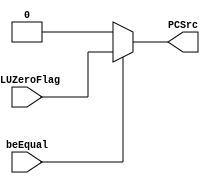
`timescale 1ps/1ps
module EqualJumper(
    ALUZeroFlag,
    beEqual,
    PCSrc
    );
    
    input ALUZeroFlag;
    input beEqual;
    
    output PCSrc;
    
    assign PCSrc = beEqual ? (ALUZeroFlag) : 1'b0; //1'b0 acts like branch for beEqual.
   
endmodule